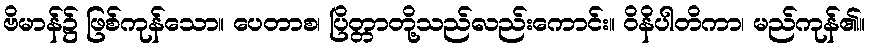
ဗိမာန်၌ ဖြစ်ကုန်သော။ ပေတာစ၊ ပြိတ္တာတို့သည်လည်းကောင်း။ ဝိနိပါတိကာ၊ မည်ကုန်၏။